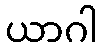
ယာဂါ